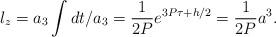
LaTeX: \begin{align*}l_z=a_3\int dt/a_3=\frac{1}{2P}e^{3P\tau+h/2}=\frac{1}{2P}a^3. \end{align*}